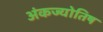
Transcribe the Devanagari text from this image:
अंकज्योतिष